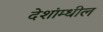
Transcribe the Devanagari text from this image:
देशांम्धील